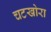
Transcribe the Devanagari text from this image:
चटखोरा